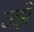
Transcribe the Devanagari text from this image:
उझे